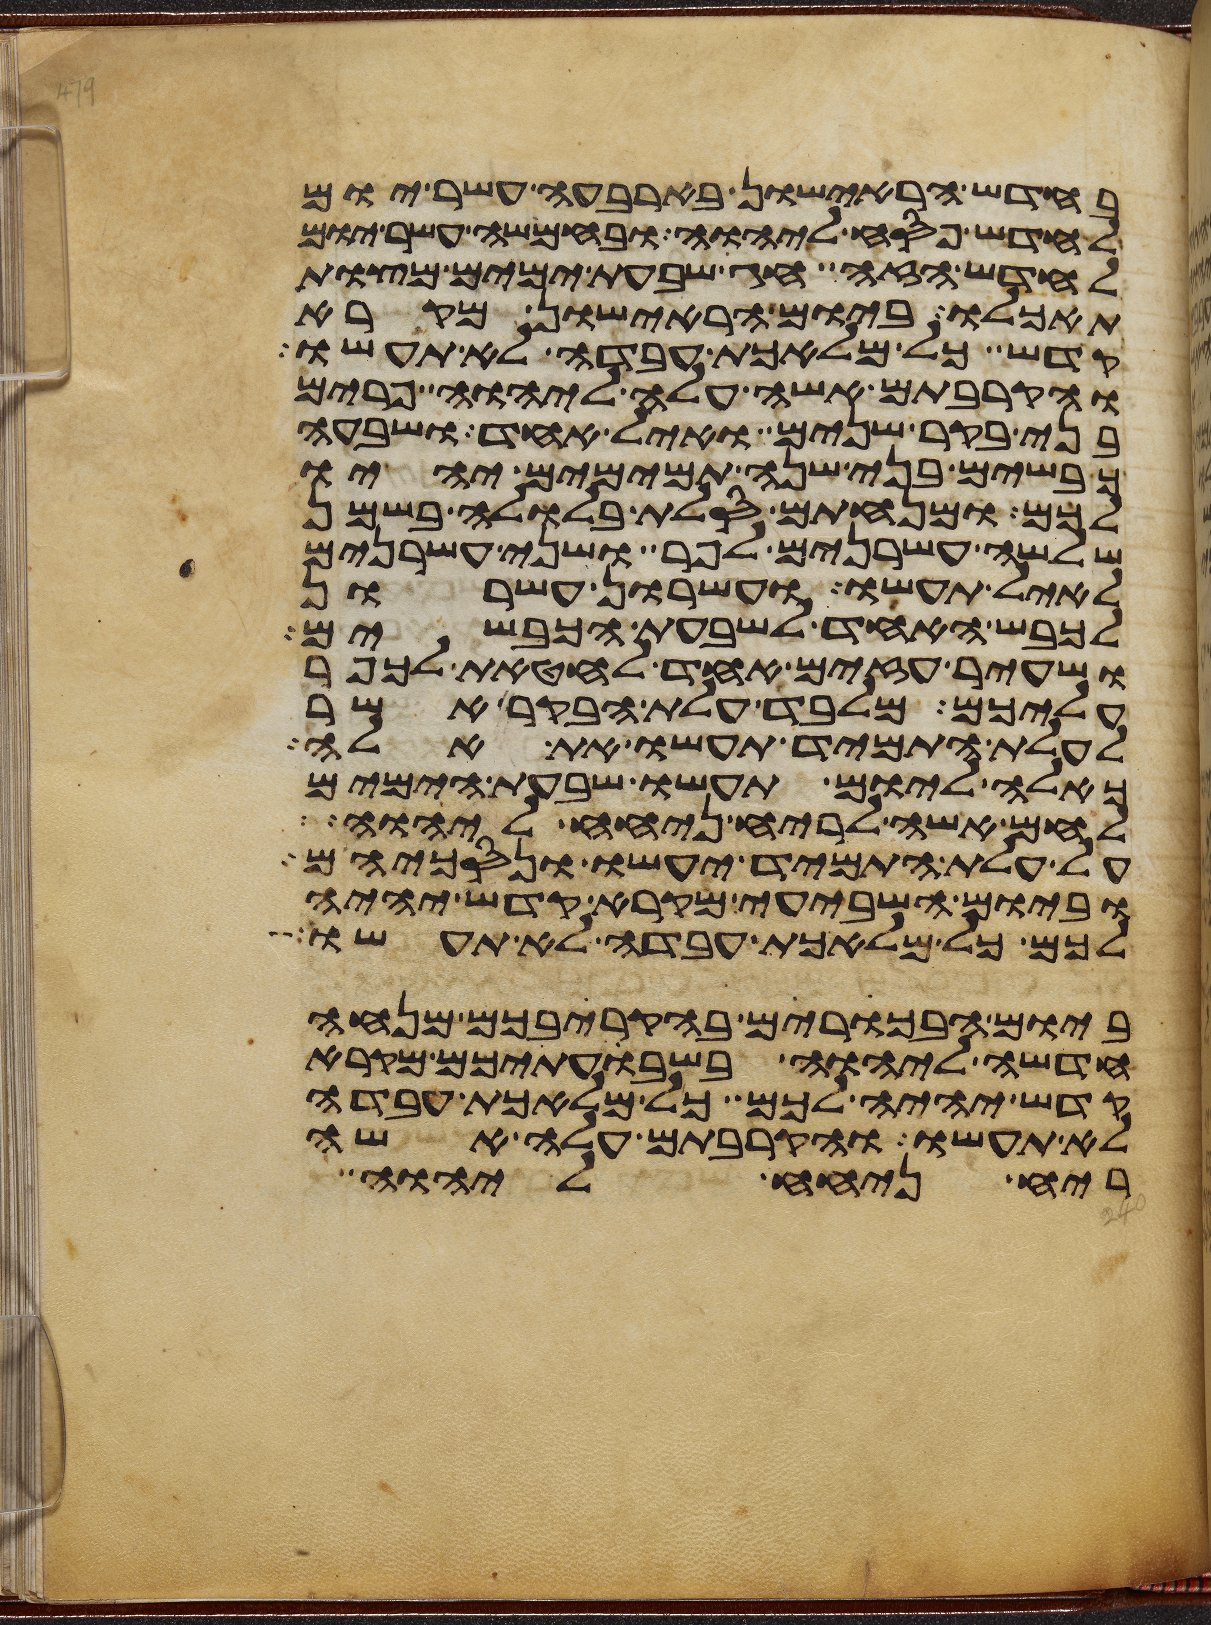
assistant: בחדש הראישון בארבעה עשר יום
לחדש פסח ליהוה ובחמשה עשר יום
לחדש הזה חג שבעת ימים מצות
תאכלו ביום הראישון מקרא
קדש כל מלאכת עבדה לא תעשו
והקרבתם אשה עלה ליהוה פרים
בני בקר שנים ואיל אחד ושבעה
כבשים בני שנה תמימם יהיו
לכם ומנחתם סלת בלולה בשמן
שלשה עשרנים לפר ושני עשרנים
לאיל תעשו ועשרון עשרון
לכבש האחד לשבעת הכבשים
ושעיר עזים אחד לחטאת לכפר
עליכם מלבד עלת הבקר אשר
לעלת התמיד תעשו את אלה
כאלה ליום תעשו שבעת הימים
לחם אשה לריח ניחח ליהוה
על עלת התמיד יעשו ונסכיהם
וביום השביעי מקרא קדש יהיה
לכם כל מלאכת עבדה לא תעשו
ביום הבכרים בהקריבכם מנחה
חדשה ליהוה בשבעתיכם מקרא
קדש יהיה לכם כל מלאכת עבדה
לא תעשו והקרבתם עלה אשה
ריח ניחח ליהוה